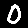
Digit: 0